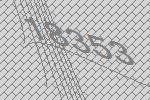
18353